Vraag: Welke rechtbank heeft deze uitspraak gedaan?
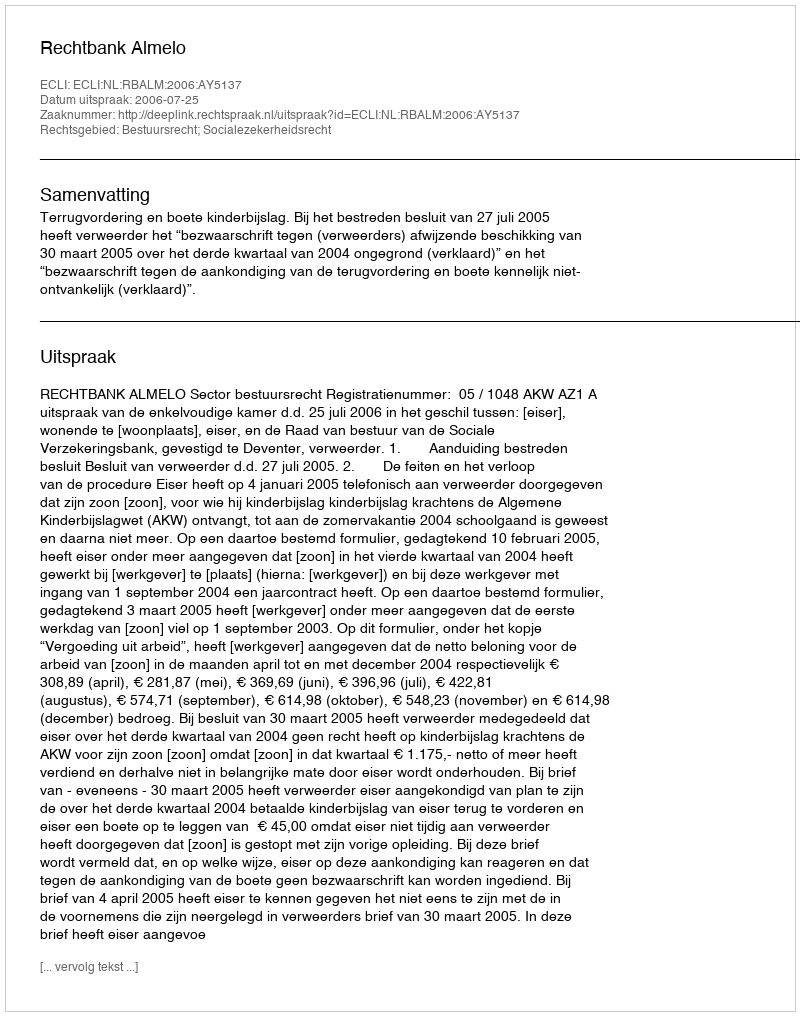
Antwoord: Rechtbank Almelo